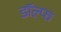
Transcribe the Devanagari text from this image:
डॉल्फ